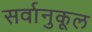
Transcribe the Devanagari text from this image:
सर्वानुकूल